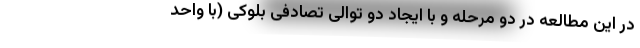
در این مطالعه در دو مرحله و با ایجاد دو توالی تصادفی بلوکی (با واحد